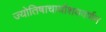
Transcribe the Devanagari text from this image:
ज्योतिषाचार्याशयवर्णन